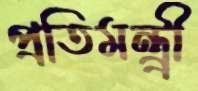
প্রতিমন্ত্র্রী